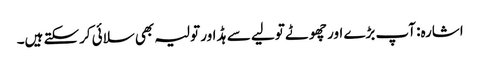
اشارہ: آپ بڑے اور چھوٹے تولیے سے ہڈ اور تولیہ بھی سلائی کرسکتے ہیں۔